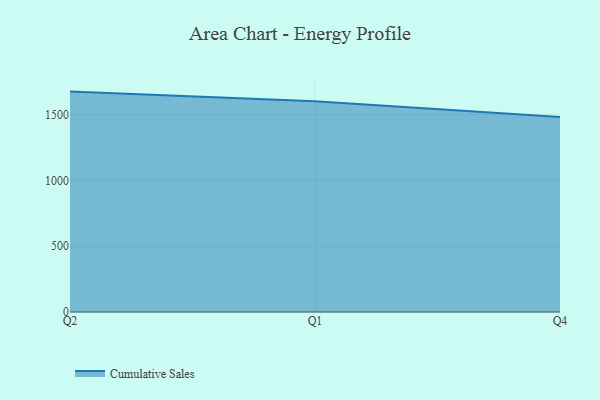
{"axis": {"x": "Quarter", "y": "Active Users"}, "legend": ["Cumulative Sales"], "data": [{"x": "Q2", "y": 1673.5, "type": "Cumulative Sales"}, {"x": "Q1", "y": 1599.5, "type": "Cumulative Sales"}, {"x": "Q4", "y": 1480.8, "type": "Cumulative Sales"}]}